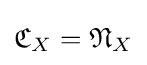
{\mathfrak {C}}_{X}={\mathfrak {N}}_{X}